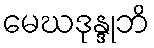
မေဃဒုန္ဒုဘိ